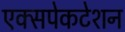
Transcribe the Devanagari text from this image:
एक्सपेकटेशन